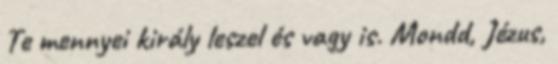
Te mennyei király leszel és vagy is. Mondd, Jézus,